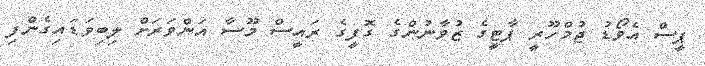
ޕީސް އެވޯޑުު ޖުމްހޫރީ ޕާޓީގެ ޒުވާނުންގެ ގޮފީގެ ރައީސް މޫސާ އަންވަރަށް ލިބިވަޑައިގެންފި